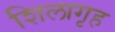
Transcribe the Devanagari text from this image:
शिलागृह